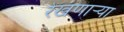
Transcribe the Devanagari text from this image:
रेखणाऱ्या